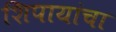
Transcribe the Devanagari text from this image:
शिपायांचा